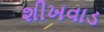
શીખવાડ